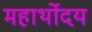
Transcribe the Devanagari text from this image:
महार्थोदय